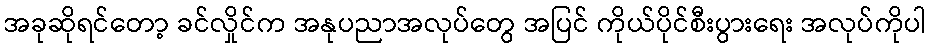
အခုဆိုရင်တော့ ခင်လှိုင်က အနုပညာအလုပ်တွေ အပြင် ကိုယ်ပိုင်စီးပွားရေး အလုပ်ကိုပါ